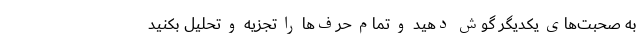
به صحبت‌های یکدیگر گوش دهید و تمام حرف‌ها را تجزیه و تحلیل بکنید